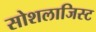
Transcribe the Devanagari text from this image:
सोशलाजिस्ट